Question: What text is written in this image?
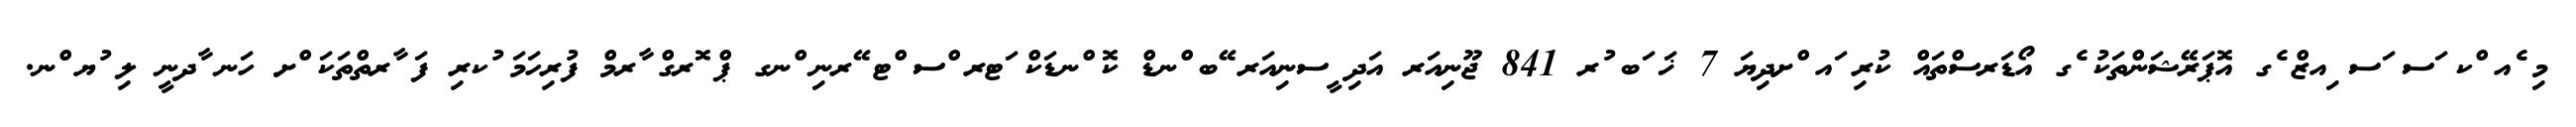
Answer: މި ެއ ްކ ަސ ަސ ިއޒް ެގ އޮޕަރޭޝަންތަކު ެގ އޯޑަރސްތައް ކުރި ައ ްށދިޔަ 7 ޚަ ަބ ުރ 841 ޖޫނިއަރ އަދި ީސނިއަރ ޭބ ްނޑް ކޮ ްނޑަކް ަޓރ ްސ ްޓ ޭރނި ްނގ ޕް ޮރގް ާރމް ފުރިހަމަ ުކރި ފަ ާރތްތަކަ ްށ ހަނ ާދނީ ލި ުޔ ްނ.